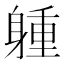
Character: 𨉢